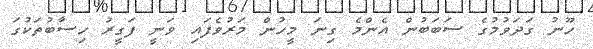
ހޫނު ގަދަވުމުގެ ސަބަބުން އެންމެ ގިނަ މީހުން މަރުވެފައި ވަނީ ފަގީރު ހިސާބުތަކުގަ